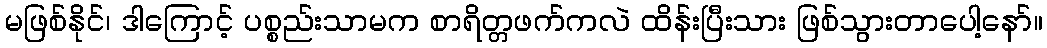
မဖြစ်နိုင်၊ ဒါကြောင့် ပစ္စည်းသာမက စာရိတ္တဖက်ကလဲ ထိန်းပြီးသား ဖြစ်သွားတာပေါ့နော်။